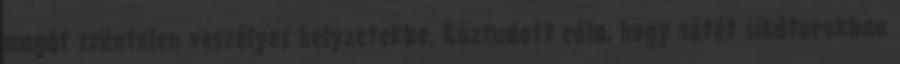
magát szüntelen veszélyes helyzetekbe. Köztudott róla, hogy sötét sikátorokban